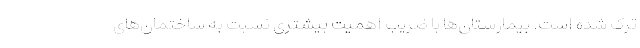
ترک شده است. بیمارستان‌ها با ضریب اهمیت بیشتری نسبت به ساختمان‌های